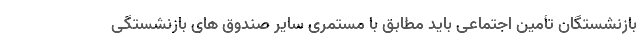
بازنشستگان تأمین اجتماعی باید مطابق با مستمری سایر صندوق های بازنشستگی